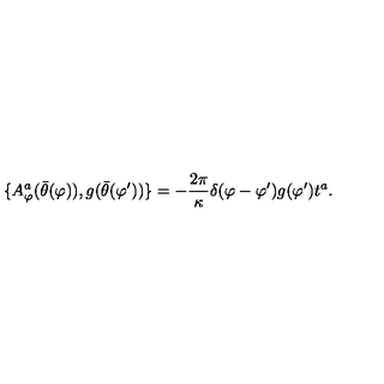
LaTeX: \{ A _ { \varphi } ^ { a } ( \bar { \theta } ( \varphi ) ) , g ( \bar { \theta } ( \varphi ^ { \prime } ) ) \} = - \frac { 2 \pi } { \kappa } \delta ( \varphi - \varphi ^ { \prime } ) g ( \varphi ^ { \prime } ) t ^ { a } .